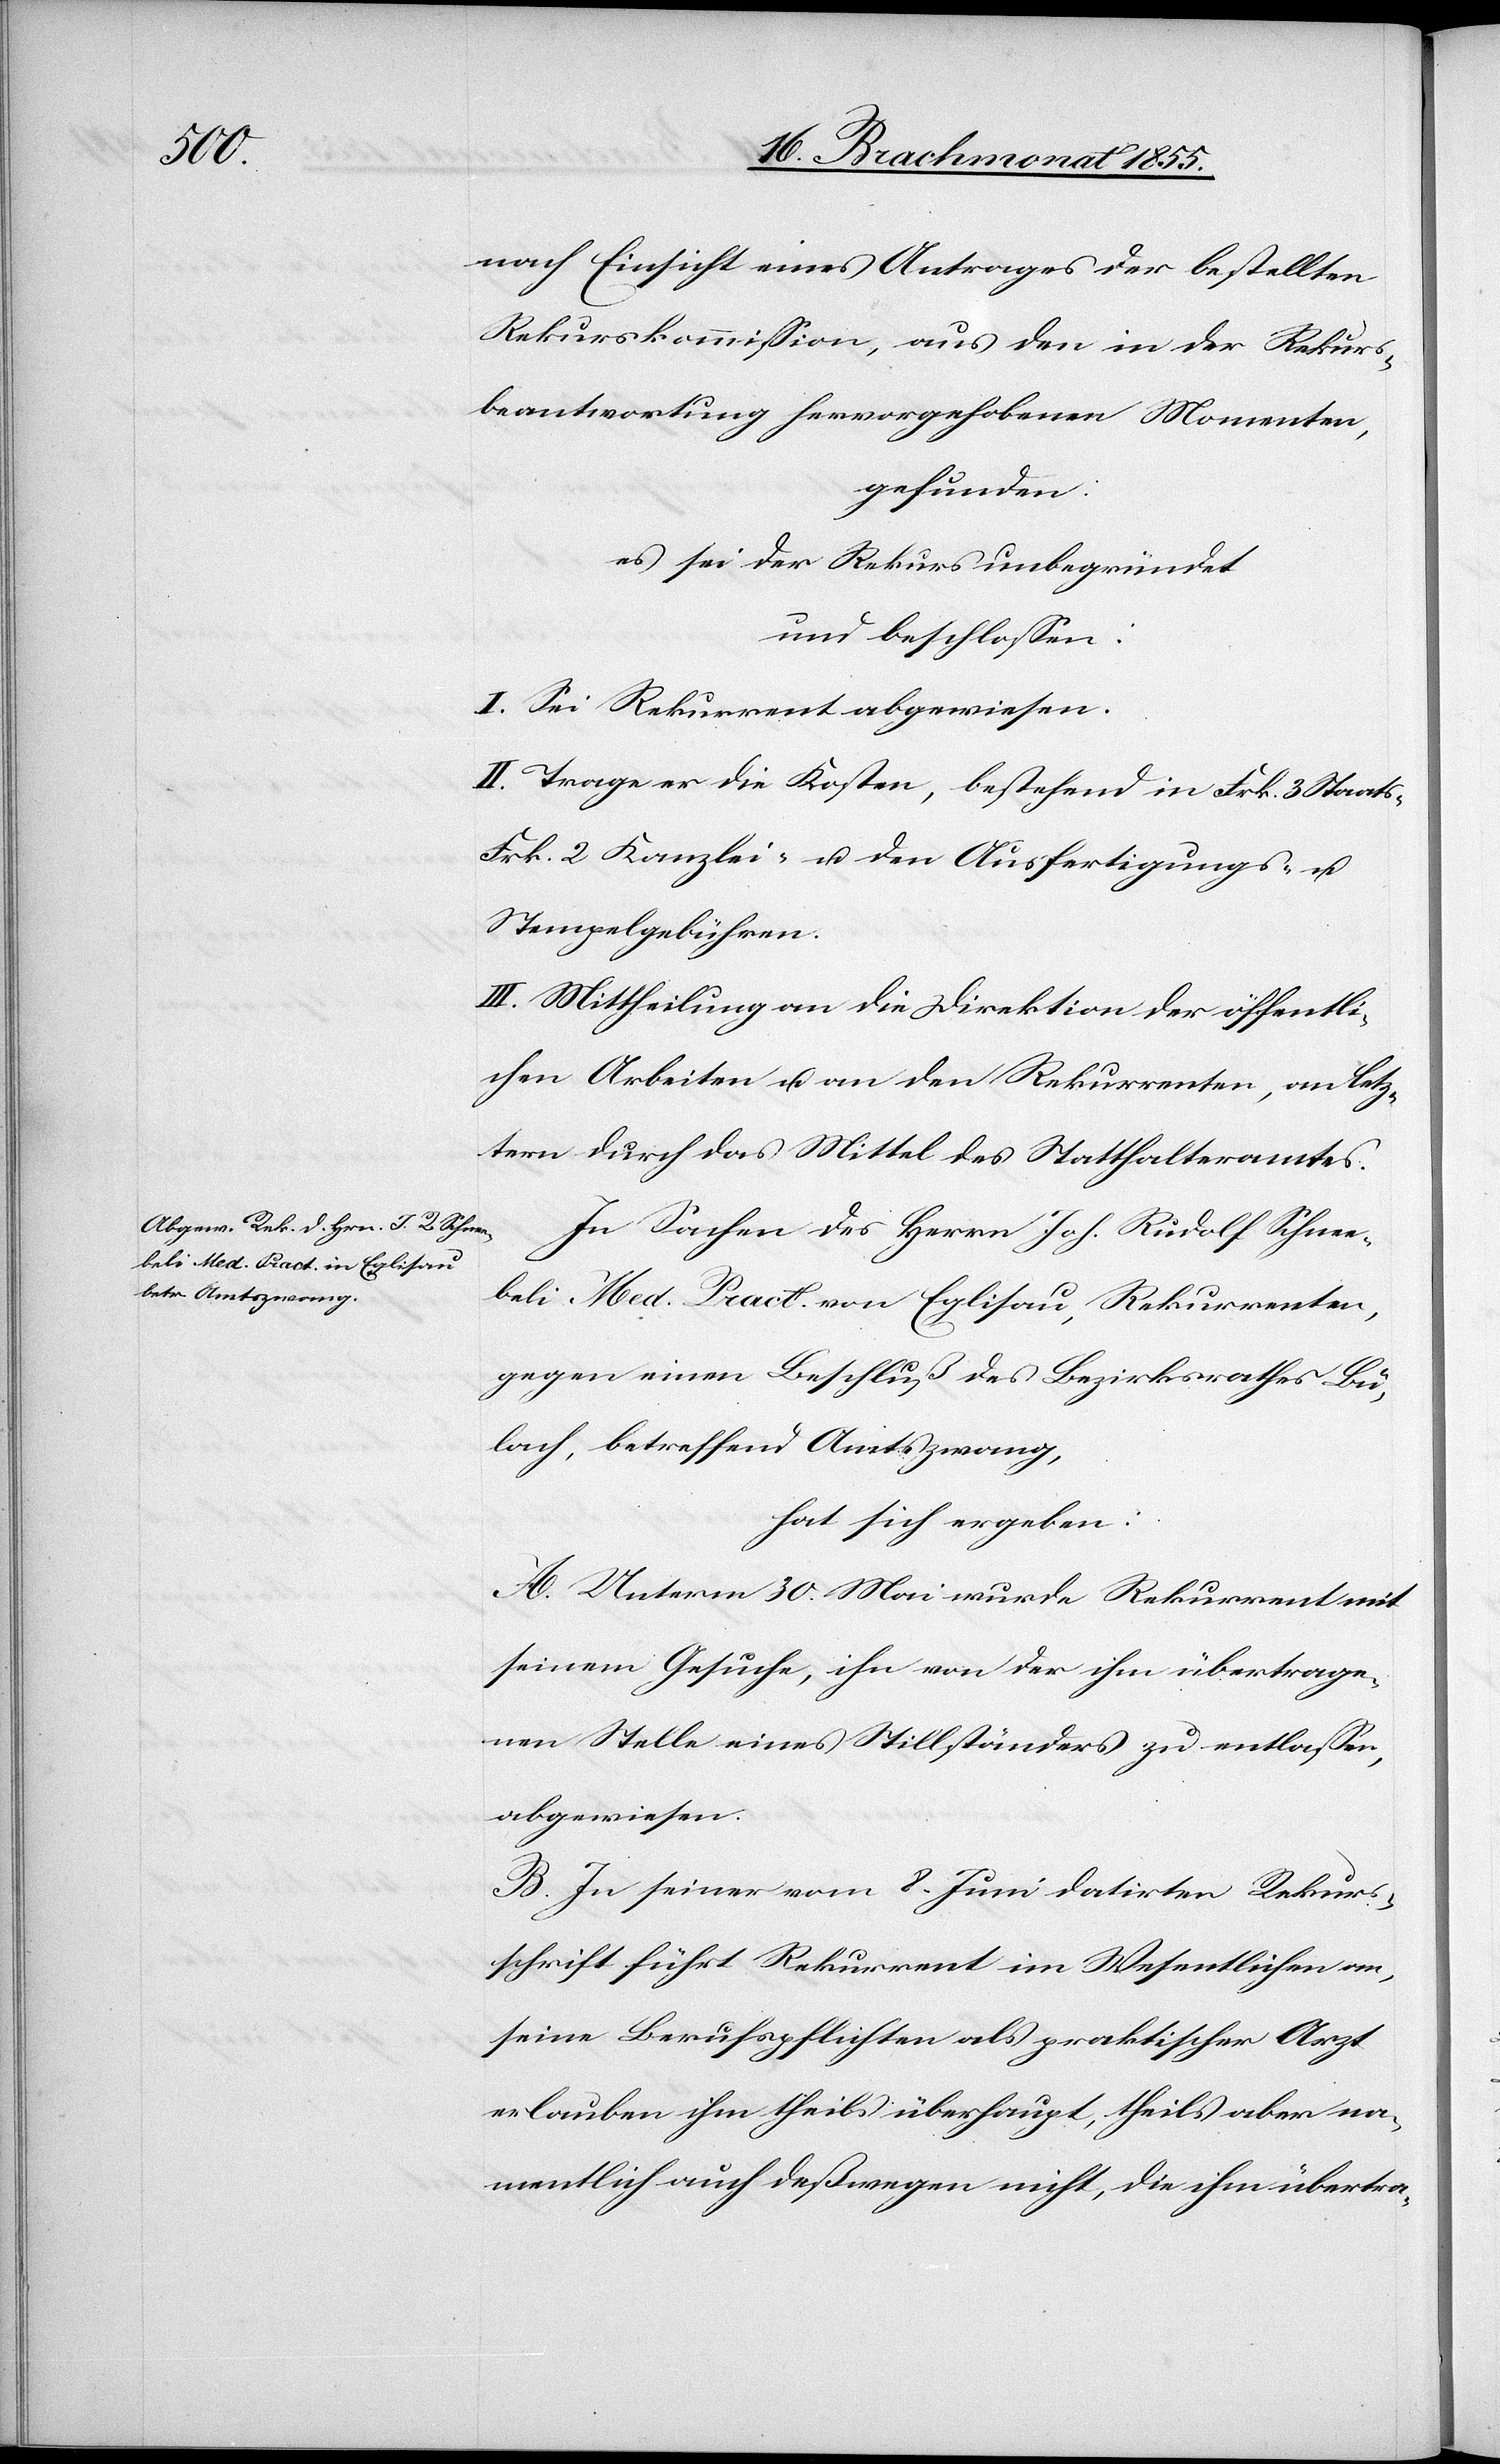
nach Einsicht eines Antrages der bestellten
Rekurskommission, aus den in der Rekurs¬
beantwortung hervorgehobenen Momenten,
gefunden:
es sei der Rekurs unbegründet
und beschlossen:
I. Sei Rekurrent abgewiesen.
II. Trage er die Kosten, bestehend in Frk. 3 Staats-[,]
Frk. 2 Kanzlei- u. den Ausfertigungs- u.
Stempelgebühren.
III. Mittheilung an die Direktion der öffentli¬
chen Arbeiten u. an den Rekurrenten, an letz¬
tern durch das Mittel des Statthalteramtes.
In Sachen des Herrn Joh. Rudolf Schnee¬
beli Med. Pract. von Eglisau, Rekurrenten,
gegen einen Beschluß des Bezirksrathes Bü¬
lach, betreffend Amtszwang,
hat sich ergeben:
A. Unterm 30. Mai wurde Rekurrent mit
seinem Gesuche, ihn von der ihm übertrage¬
nen Stelle eines Stillständers zu entlassen,
abgewiesen.
B. In seiner vom 8. Juni datirten Rekurs¬
schrift führt Rekurrent im Wesentlichen an,
seine Berufspflichten als praktischer Arzt
erlauben ihm theils überhaupt, theils aber na¬
mentlich auch deßwegen nicht, die ihm übertra-